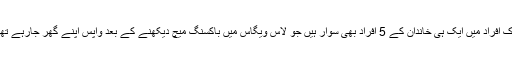
ہلاک افراد میں ایک ہی خاندان کے 5 افراد بھی سوار ہیں جو لاس ویگاس میں باکسنگ میچ دیکھنے کے بعد واپس اپنے گھر جارہے تھے۔